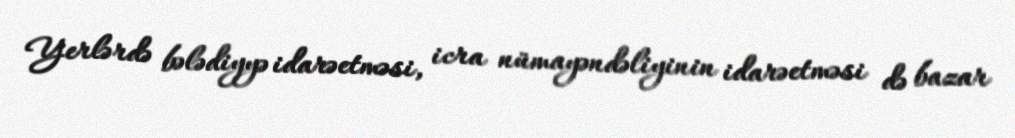
Yerlərdə bələdiyyə idarəetməsi, icra nümayəndəliyinin idarəetməsi də bazar